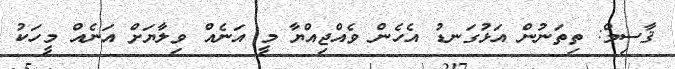
ޤާސިމް: ތިތަނުން އަޅުގަނޑު އެހެން ވެއްޖިއްޔާ މީ އަނެއް ވިލާޔަށް އަނެއް މީހަކު